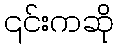
၎င်းကဆို